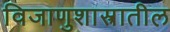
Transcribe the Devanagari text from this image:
विजाणुशास्त्रातील